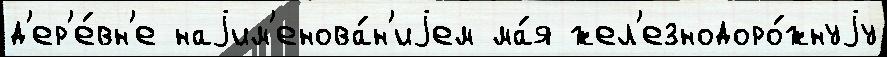
д'ер'е́вн'е наjим'енова́н'иjем ма́я жел'езнодоро́жнуjу